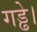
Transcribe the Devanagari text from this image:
गड्ढे।